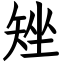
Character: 矬